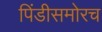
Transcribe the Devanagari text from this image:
पिंडीसमोरच